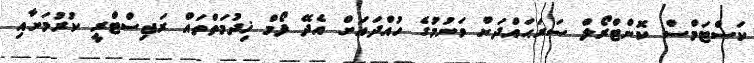
ކަސްޓަމްސް ކޮންޓްރޯލް ސަރަޙައްދަށް ވަނުމުގެ ހުއްދައަށް އެދޭ ފޯމް ޚިދުމަތްތައް ރަޖިސްޓްރީ ކުރުމަށާއި